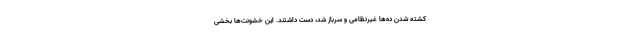
کشته شدن ده‌ها غیرنظامی و سرباز شد، دست داشتند. این خشونت‌ها بخشی